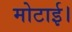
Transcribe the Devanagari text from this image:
मोटाई।